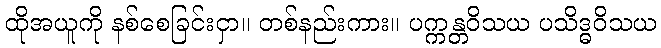
ထိုအယူကို နစ်စေခြင်းငှာ။ တစ်နည်းကား။ ပက္ကန္တဝိသယ ပသိဒ္ဓဝိသယ